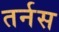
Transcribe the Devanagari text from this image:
तर्नस